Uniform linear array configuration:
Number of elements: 24
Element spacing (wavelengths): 1
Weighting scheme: hann
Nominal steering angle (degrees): -15
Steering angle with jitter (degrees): -13.058
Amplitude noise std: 0.05
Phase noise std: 0.05

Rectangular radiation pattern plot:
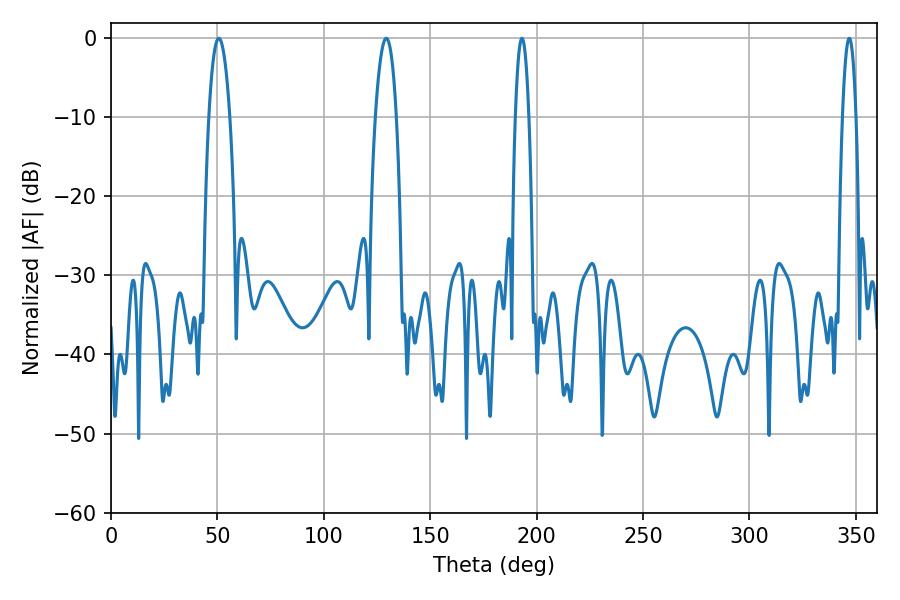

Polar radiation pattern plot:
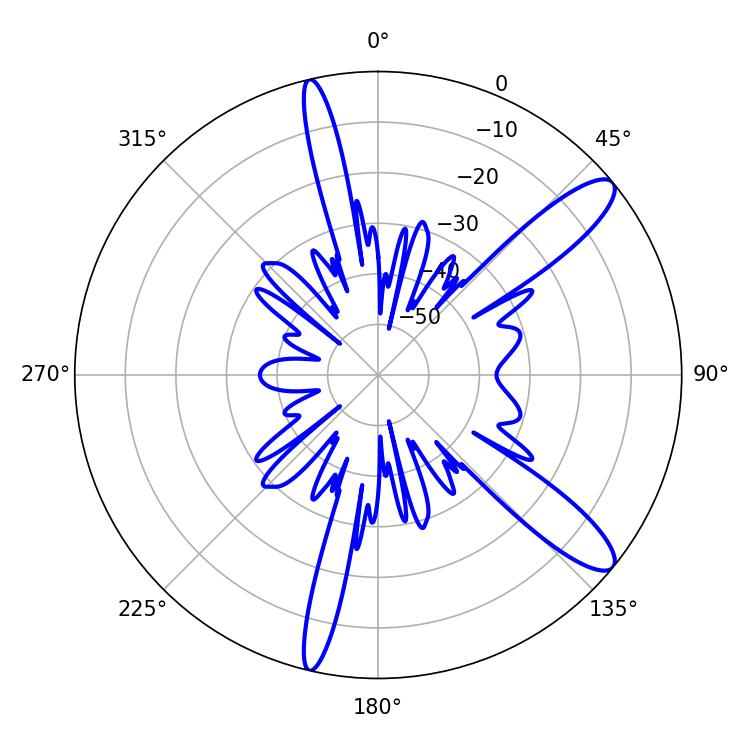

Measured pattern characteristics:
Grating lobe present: TRUE
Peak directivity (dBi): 11.893
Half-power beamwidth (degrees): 3.6
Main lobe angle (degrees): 193.14